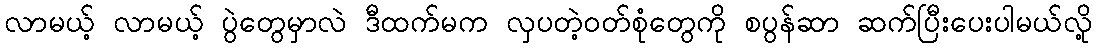
လာမယ့် လာမယ့် ပွဲတွေမှာလဲ ဒီထက်မက လှပတဲ့ဝတ်စုံတွေကို စပွန်ဆာ ဆက်ပြီးပေးပါမယ်လို့